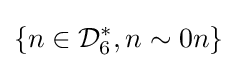
\lbrace n\in {\mathcal {D}}_{6}^{*},n\sim 0n\rbrace